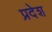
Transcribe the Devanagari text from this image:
प्रदेश